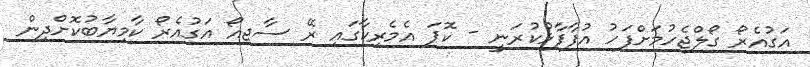
އަގުއެރޯ ގޯލްޖެހުމަށްފަހު އުފާފާޅުކުރަނީ - ކޮޕަ އެމެރިކާގައި ރޭ ސާޖިއޯ އަގުއެރޯ ކާމިޔާބުކޮށްދިން